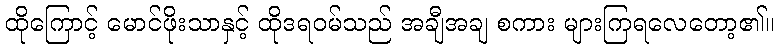
ထိုကြောင့် မောင်ဖိုးသာနှင့် ထိုဒရဝမ်သည် အချီအချ စကား များကြရလေတော့၏။